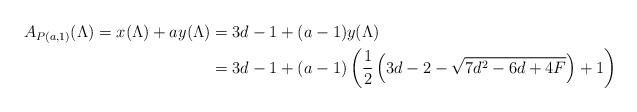
LaTeX: \begin{align*} A_{P(a,1)}(\Lambda) = x(\Lambda) + ay(\Lambda) &= 3d-1 + (a-1)y(\Lambda)\\ &= 3d-1 + (a-1)\left(\frac{1}{2}\left(3d-2-\sqrt{7d^2-6d+4F}\right)+1\right) \end{align*}